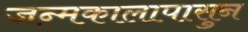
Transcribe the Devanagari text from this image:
जन्मकालापासुन